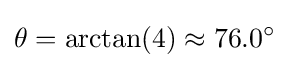
\theta =\arctan(4)\approx 76.0^{\circ }